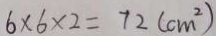
6 \times 6 \times 2 = 7 2 ( c m ^ { 2 } )